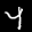
Label: 4